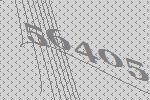
56405